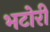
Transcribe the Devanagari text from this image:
भटोरी